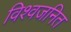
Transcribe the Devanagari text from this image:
विश्वजनित